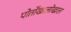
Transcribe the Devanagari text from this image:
पोर्तोखालोखाल